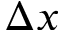
\Delta x